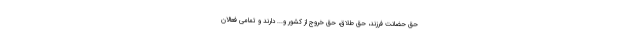
حق حضانت فرزند، حق طلاق، حق خروج از کشور و... دارند و تمامی فعالان